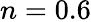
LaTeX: n=0.6